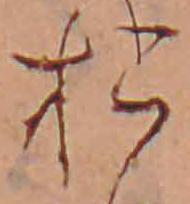
お